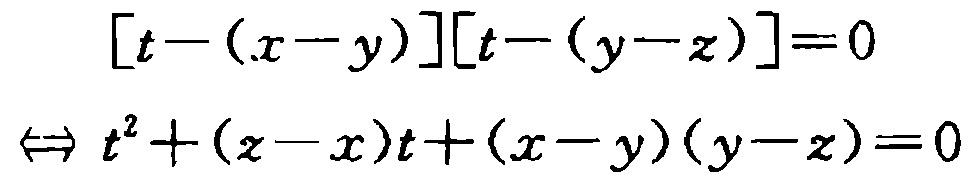
\[

\begin{align*}

[t-(x - y)][t-(y - z)]&=0\\

\Leftrightarrow t^{2}+(z - x)t+(x - y)(y - z)&=0

\end{align*}

\]